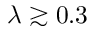
\lambda \gtrsim 0 . 3